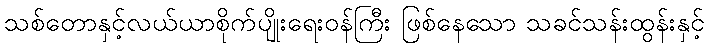
သစ်တောနှင့်လယ်ယာစိုက်ပျိုးရေးဝန်ကြီး ဖြစ်နေသော သခင်သန်းထွန်းနှင့်